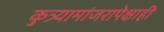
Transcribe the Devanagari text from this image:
कुत्र्यामांजरापेक्षाही